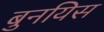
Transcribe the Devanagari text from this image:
बुनयिस